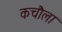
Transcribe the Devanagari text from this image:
कचौला